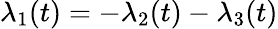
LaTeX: \lambda_{1}(t)=-\lambda_{2}(t)-\lambda_{3}(t)